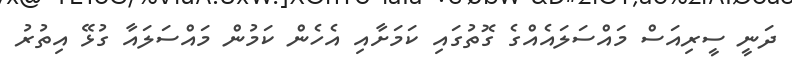
ދަނީ ސީރިއަސް މައްސަލައެއްގެ ގޮތުގައި ކަމަށާއި އެހެން ކަމުން މައްސަލައާ ގުޅޭ އިތުރު